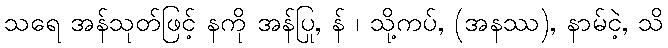
သရေ အန်သုတ်ဖြင့် နကို အန်ပြု, န် ၊ သို့ကပ်, (အနဿ), နာမ်ငဲ့, သိ